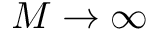
M \to \infty